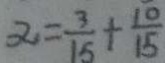
\alpha = \frac { 3 } { 1 5 } + \frac { 1 0 } { 1 5 }